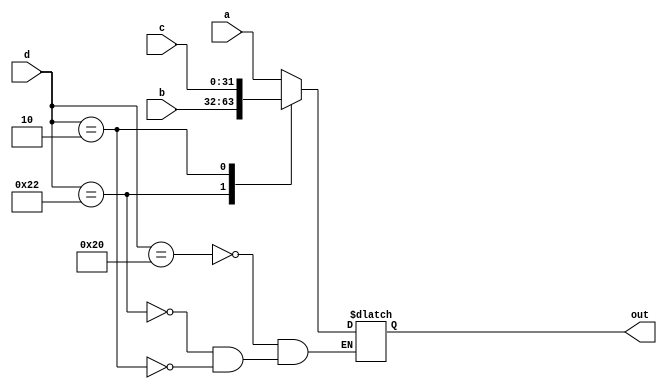
module mux(
	input [31:0] a, b, c,
	input [5:0] d,
	output reg [31:0] out
);

always@(a, b, c, d) begin
	case(d)
		6'b100000: begin
			out <= a;
		end
		6'b100010: begin
			out <= b;
		end
		6'b000010: begin
			out <= c;
		end
	endcase
end
endmodule